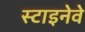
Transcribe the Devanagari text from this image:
स्टाइनेवे